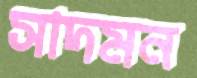
সাদমন